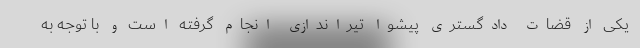
یکی از قضات دادگستری پیشوا تیراندازی انجام گرفته است و با توجه به